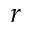
r